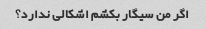
اگر من سیگار بکشم اشکالی ندارد؟